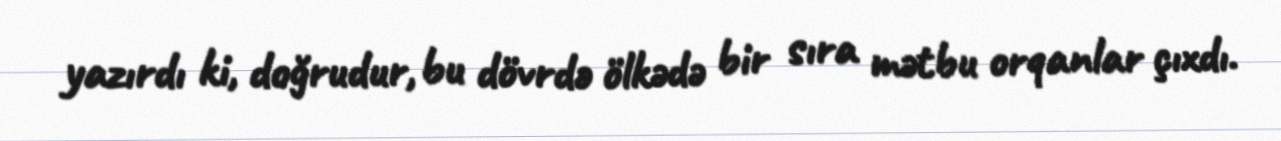
yazırdı ki, doğrudur, bu dövrdə ölkədə bir sıra mətbu orqanlar çıxdı.